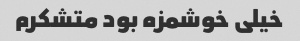
خیلی خوشمزه بود متشکرم